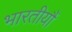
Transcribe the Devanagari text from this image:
भारतीयौं